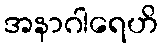
အနာဂါရေဟိ